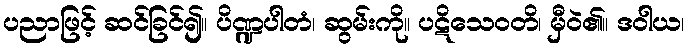
ပညာဖြင့် ဆင်ခြင်၍။ ပိဏ္ဍပါတံ၊ ဆွမ်းကို။ ပဋိသေဝတိ၊ မှီဝဲ၏။ ဒဝါယ၊